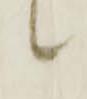
候